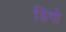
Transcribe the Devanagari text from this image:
डिगो